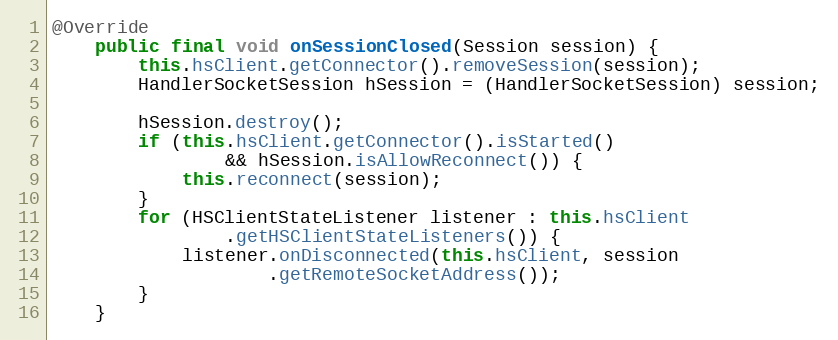
Language: Java
@Override
	public final void onSessionClosed(Session session) {
		this.hsClient.getConnector().removeSession(session);
		HandlerSocketSession hSession = (HandlerSocketSession) session;

		hSession.destroy();
		if (this.hsClient.getConnector().isStarted()
				&& hSession.isAllowReconnect()) {
			this.reconnect(session);
		}
		for (HSClientStateListener listener : this.hsClient
				.getHSClientStateListeners()) {
			listener.onDisconnected(this.hsClient, session
					.getRemoteSocketAddress());
		}
	}